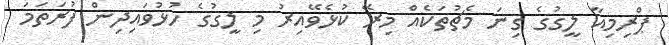
ޕްރިމިއާ ލީގުގެ ގިނަ މެޗުތަކެއް މިރޭ ކުޅެވޭއިރު މި ލީގުގެ ހުޅުވައިދިން ފުރަތަމަ